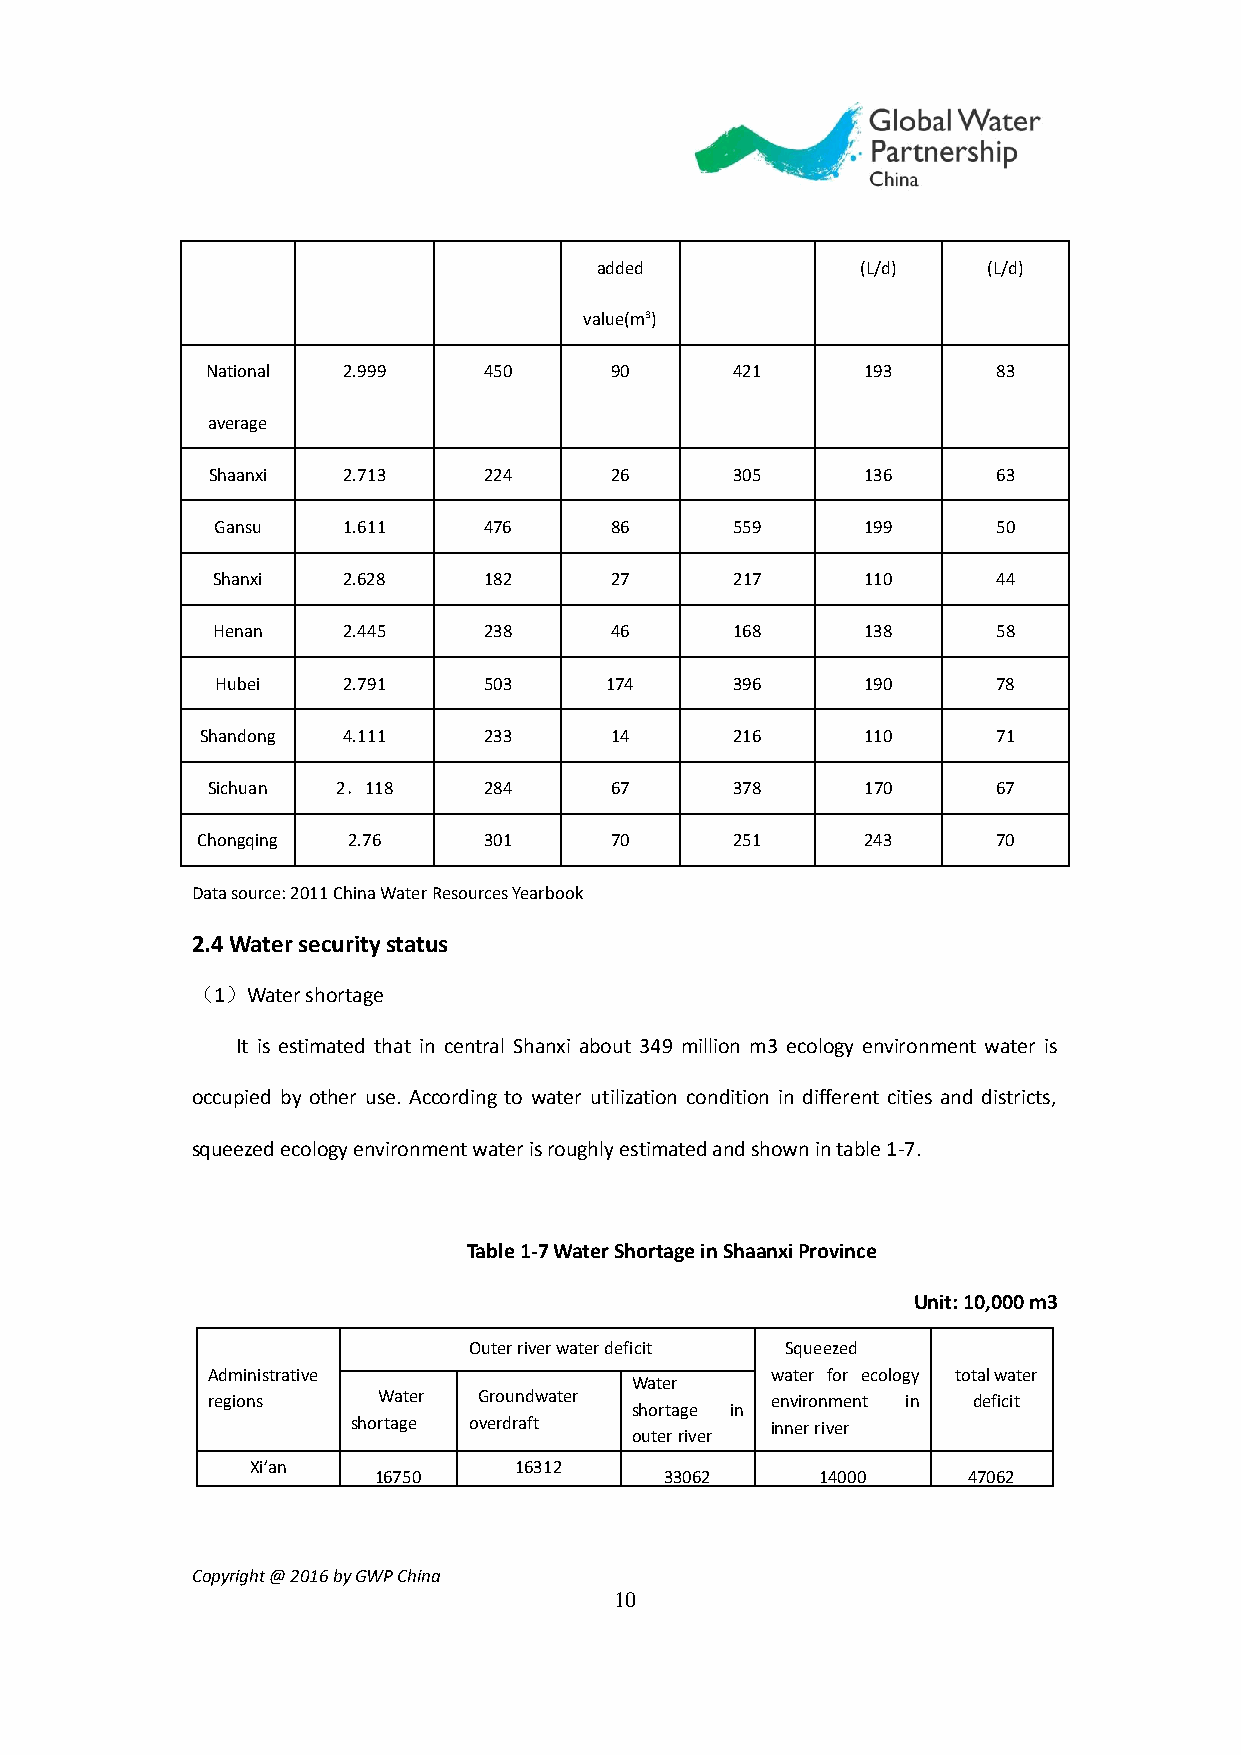
added             (L/d)   (L/d)
 value(m³)
 National 2.999    450     90       421     193      83
 average
 Shaanxi  2.713    224     26       305     136      63
 Gansu    1.611    476     86       559     199      50
 Shanxi   2.628    182     27       217     110      44
 Henan    2.445    238     46       168     138      58
 Hubei    2.791    503     174      396     190      78
 Shandong  4.111    233     14       216     110      71
 Sichuan 2．118     284     67       378     170      67
 Chongqing 2.76     301     70       251     243      70
 Data source: 2011 China Water Resources Yearbook
 2.4 Water security status
 （1）Water shortage
 It is estimated that in central Shanxi about 349 million m3 ecology environment water is
 occupied by other use. According to water utilization condition in different cities and districts,
 squeezed ecology environment water is roughly estimated and shown in table 1-7.
 Table 1-7 Water Shortage in Shaanxi Province
 Unit: 10,000 m3
 Outer river water deficit Squeezed
 Administrative                       water for ecology total water
 Water
 regions    Water  Groundwater        environment in deficit
 shortage in
 shortage overdraft          inner river
 outer river
 Xi’an            16312
 16750              33062     14000     47062
 Copyright @ 2016 by GWP China
 10